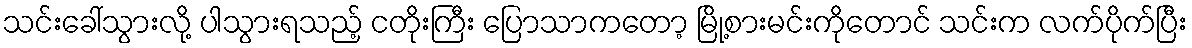
သင်းခေါ်သွားလို့ ပါသွားရသည့် ငတိုးကြီး ပြောသာကတော့ မြို့စားမင်းကိုတောင် သင်းက လက်ပိုက်ပြီး